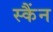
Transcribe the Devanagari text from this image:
स्कैंन